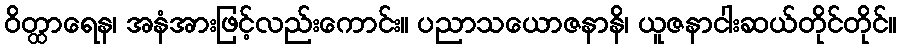
ဝိတ္ထာရေန၊ အနံအားဖြင့်လည်းကောင်း။ ပညာသယောဇနာနိ၊ ယူဇနာငါးဆယ်တိုင်တိုင်။